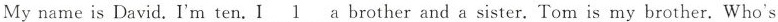
My name is David. I'm ten. I \underline{1} a brother and a sister. Tom is my brother. Who's